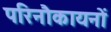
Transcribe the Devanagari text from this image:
परिनौकायनों